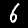
Label: 6